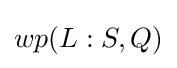
wp(L:S,Q)